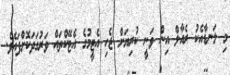
މި ލަނޑާއެކު ރެއާލް އިން ވަނީ ކުރިޔަށް ޖެހި އެޓީމުގެ އެޓޭކްތައް ވަރުގަދަކޮށްފައެވެ.